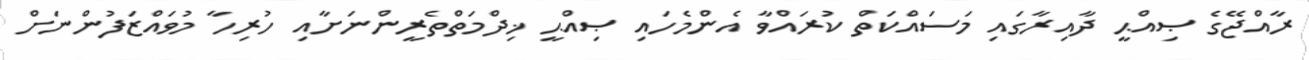
ރާއްޖޭގެ ޞިއްޙީ ދާއިރާގައި މަސައްކަތް ކުރައްވާ އެންމެހައި ޞިއްޙީ ޚިދްމަތްތެރީންނަށާއި ހުރިހާ މުވައްޒަފުންނަށް